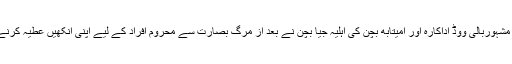
جیا بچن: ماضی کی مشہوربالی ووڈ اداکارہ اور امیتابھ بچن کی اہلیہ جیا بچن نے بعد از مرگ بصارت سے محروم افراد کے لیے اپنی آنکھیں عطیہ کرنے اعلان کررکھا ہے۔